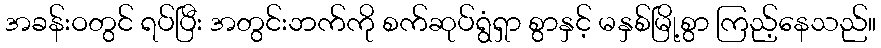
အခန်းဝတွင် ရပ်ပြီး အတွင်းဘက်ကို စက်ဆုပ်ရွံရှာ စွာနှင့် မနှစ်မြို့စွာ ကြည့်နေသည်။